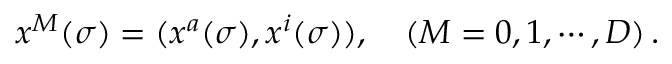
x ^ { M } ( \sigma ) = ( x ^ { a } ( \sigma ) , x ^ { i } ( \sigma ) ) , \quad ( M = 0 , 1 , \cdots , D ) \, .